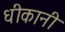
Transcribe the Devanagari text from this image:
धीकानी